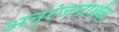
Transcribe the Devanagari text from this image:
अनुरंजनार्थक